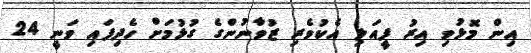
އިން މޮޅުވި އިރު ފީއަލި އެކުވެރި ޒުވާނުންގެ ގުޅުމަށް ހެދިފައި ވަނީ 24